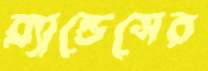
ব্র্যান্ডেসের